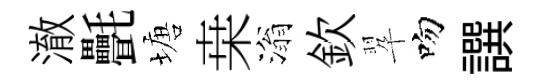
澈㲲塘桒滃欽翆吻譔